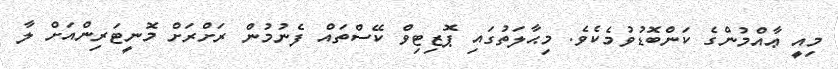
މިއީ ޢާއްމުންގެ ކަންބޮޑުވުމެކެވެ. މިޙާލަތުގައި ޕޮޒިޓިވް ކޭސްތައް ފެނުމުން ރަށްރަށް މޮނީޓަރިންއަށް ލާ